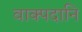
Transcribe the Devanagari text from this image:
वाक्पदानि